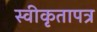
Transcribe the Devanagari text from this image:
स्वीकृतापत्र